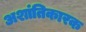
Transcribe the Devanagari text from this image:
अशांतिकारक